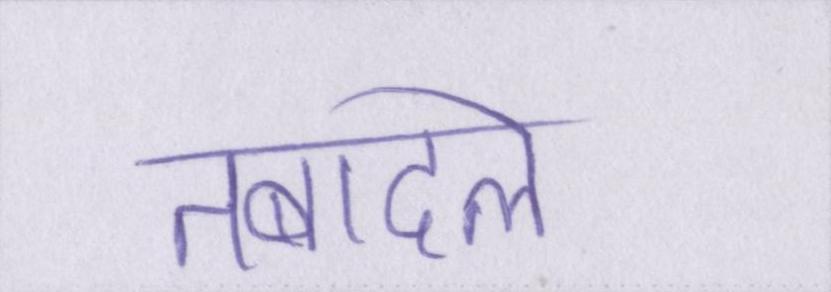
तबादले